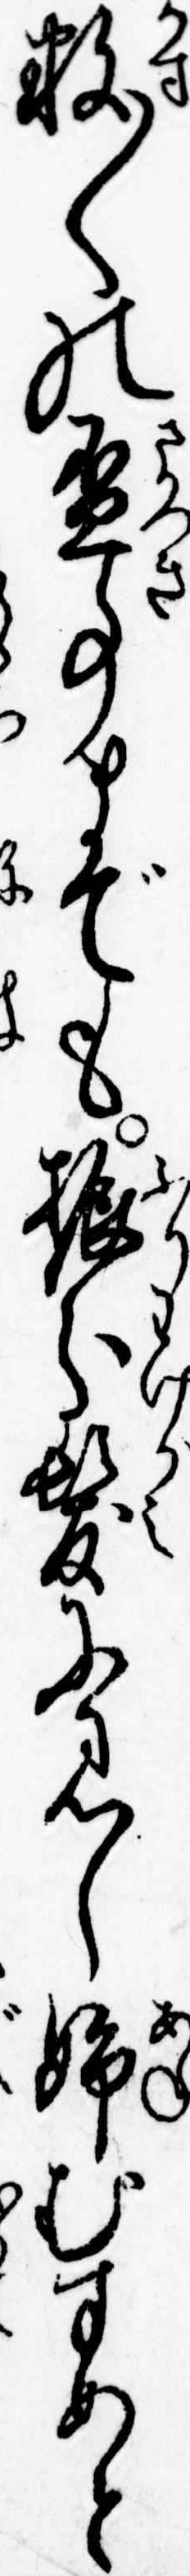
数〱の杯事までも振分髪に見し姉むすめと